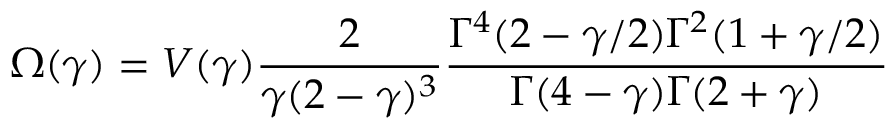
\Omega ( \gamma ) = V ( \gamma ) \frac { 2 } { \gamma ( 2 - \gamma ) ^ { 3 } } \frac { \Gamma ^ { 4 } ( 2 - \gamma / 2 ) \Gamma ^ { 2 } ( 1 + \gamma / 2 ) } { \Gamma ( 4 - \gamma ) \Gamma ( 2 + \gamma ) }